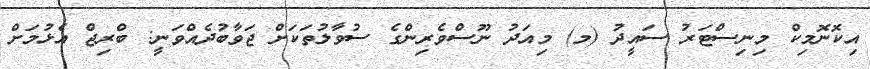
އިކޮނޮމިކް މިނިސްޓަރު ސައީދު (މ) މިއަދު ނޫސްވެރިންގެ ސުވާލުތަކަށް ޖަވާބުދެއްވަނީ: ބްރިޖް އެޅުމަށް